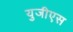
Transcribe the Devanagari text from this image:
युजीएस